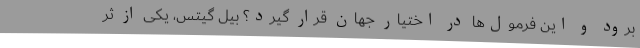
برود و این فرمول‌ها در اختیار جهان قرار گیرد؟ بیل گیتس، یکی از ثر